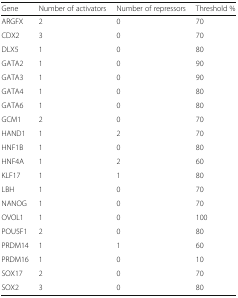
<table><thead><tr><td><b>Gene</b></td><td><b>Number of activators</b></td><td><b>Number of repressors</b></td><td><b>Threshold %</b></td></tr></thead><tbody><tr><td>ARGFX</td><td>2</td><td>0</td><td>70</td></tr><tr><td>CDX2</td><td>3</td><td>0</td><td>70</td></tr><tr><td>DLX5</td><td>1</td><td>0</td><td>80</td></tr><tr><td>GATA2</td><td>1</td><td>0</td><td>90</td></tr><tr><td>GATA3</td><td>1</td><td>0</td><td>90</td></tr><tr><td>GATA4</td><td>1</td><td>0</td><td>80</td></tr><tr><td>GATA6</td><td>1</td><td>0</td><td>80</td></tr><tr><td>GCM1</td><td>2</td><td>0</td><td>70</td></tr><tr><td>HAND1</td><td>1</td><td>2</td><td>70</td></tr><tr><td>HNF1B</td><td>1</td><td>0</td><td>80</td></tr><tr><td>HNF4A</td><td>1</td><td>2</td><td>60</td></tr><tr><td>KLF17</td><td>1</td><td>1</td><td>80</td></tr><tr><td>LBH</td><td>1</td><td>0</td><td>70</td></tr><tr><td>NANOG</td><td>1</td><td>0</td><td>70</td></tr><tr><td>OVOL1</td><td>1</td><td>0</td><td>100</td></tr><tr><td>POU5F1</td><td>2</td><td>0</td><td>80</td></tr><tr><td>PRDM14</td><td>1</td><td>1</td><td>60</td></tr><tr><td>PRDM16</td><td>1</td><td>0</td><td>10</td></tr><tr><td>SOX17</td><td>2</td><td>0</td><td>70</td></tr><tr><td>SOX2</td><td>3</td><td>0</td><td>80</td></tr></tbody></table>